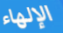
الإلهاء